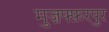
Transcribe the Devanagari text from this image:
मुज़फ्फ़रपुर